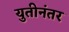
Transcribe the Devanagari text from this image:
युतीनंतर